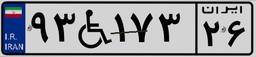
۳۲W۸۱۷۲۷